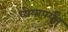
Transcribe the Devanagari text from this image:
ध्येयापर्यंत